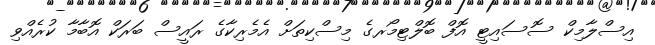
އިސްލާމިކް ސޮސައިޓީ އޮފް ބޮލްޓިމޯރގެ މިސްކިތަށް އެމެރިކާގެ ރައީސް ބަރަކް އޮބާމާ ކުރެއްވި